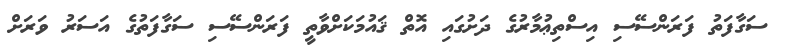
ސަގާފަތު ފަރަންސޭސި އިސްތިޢުމާރުގެ ދަށުގައި އޮތް ޤައުމަކަށްވާތީ ފަރަންސޭސި ސަގާފަތުގެ އަސަރުު ވަރަށް